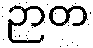
ဉာတ